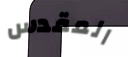
المقدس